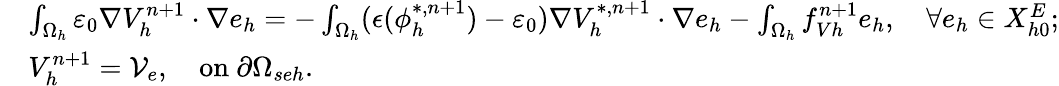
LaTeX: \begin{array}{rl}{\small}&{\int_{\Omega_{h}}\varepsilon_{0}\nabla V_{h}^{n+1}\cdot\nabla e_{h}=-\int_{\Omega_{h}}(\epsilon(\phi_{h}^{*,n+1})-\varepsilon_{0})\nabla V_{h}^{*,n+1}\cdot\nabla e_{h}-\int_{\Omega_{h}}f_{Vh}^{n+1}e_{h},\quad\forall e_{h}\in X_{h0}^{E};}\\ &{V_{h}^{n+1}=\mathcal V_{e},\quad\mathrm{on}\ \partial\Omega_{seh}.}\end{array}